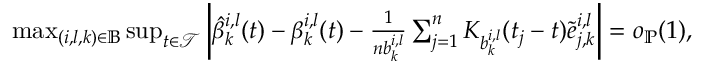
\begin{array} { r } { \operatorname* { m a x } _ { ( i , l , k ) \in \mathbb { B } } \operatorname* { s u p } _ { t \in \mathcal { T } } \left| \hat { \beta } _ { k } ^ { i , l } ( t ) - \beta _ { k } ^ { i , l } ( t ) - \frac { 1 } { n b _ { k } ^ { i , l } } \sum _ { j = 1 } ^ { n } K _ { b _ { k } ^ { i , l } } ( t _ { j } - t ) \tilde { e } _ { j , k } ^ { i , l } \right| = o _ { \mathbb { P } } ( 1 ) , } \end{array}